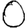
Digit: 0